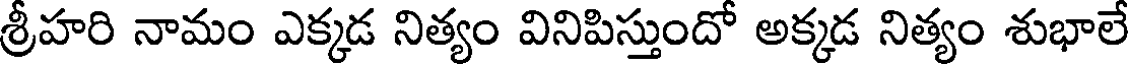
శ్రీహరి నామం ఎక్కడ నిత్యం వినిపిస్తుందో అక్కడ నిత్యం శుభాలే